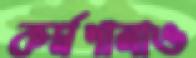
কর্মশালাও